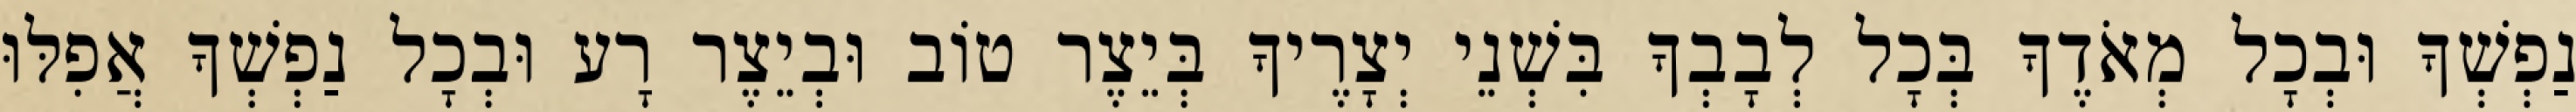
נַפְשְׁךָ וּבְכָל מְאֹדֶךָ בְּכָל לְבָבְךָ בִּשְׁנֵי יְצָרֶיךָ בְּיֵצֶר טוֹב וּבְיֵצֶר רָע וּבְכָל נַפְשְׁךָ אֲפִלּוּ